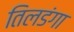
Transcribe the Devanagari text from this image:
तिलडंगा